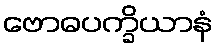
ဗောဓပက္ခိယာနံ